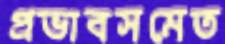
প্রভাবসমেত